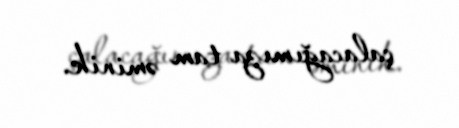
çalacağımıza tam əminik.